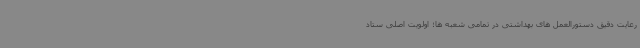
رعایت دقیق دستورالعمل های بهداشتی در تمامی شعبه ها؛ اولویت اصلی ستاد